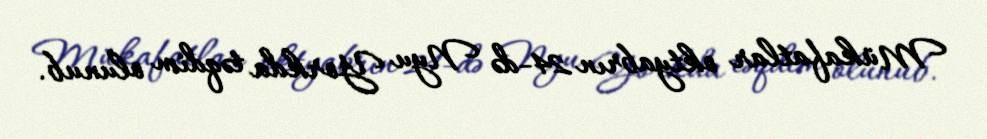
Mükafatlar oktyabrın 24-də Nyu Yorkda təqdim olunub.